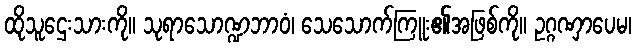
ထိုသူဌေးသားကို။ သုရာသောဏ္ဍဘာဝံ၊ သေသောက်ကြူး၏အဖြစ်ကို။ ဥဂ္ဂဏှာပေမ၊